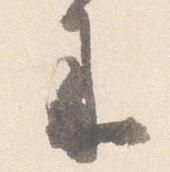
来